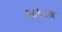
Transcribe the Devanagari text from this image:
२८६८अ